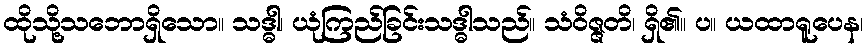
ထိုသို့သဘောရှိသော။ သဒ္ဓါ၊ ယုံကြည်ခြင်းသဒ္ဓါသည်။ သံဝိဇ္ဇတိ၊ ရှိ၏။ ပ။ ယထာရူပေန၊